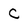
Character: C